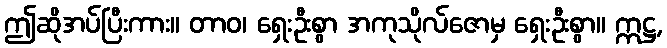
ဤဆိုအပ်ပြီးကား။ တာဝ၊ ရှေးဦးစွာ အကုသိုလ်ဇောမှ ရှေးဦးစွာ။ ဣဋ္ဌ,